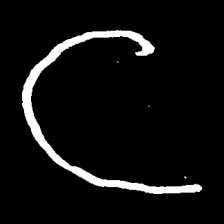
Pyu character \u2014 Myanmar letter: င (romanized: nga)